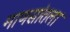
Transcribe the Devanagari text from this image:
माणसांतला